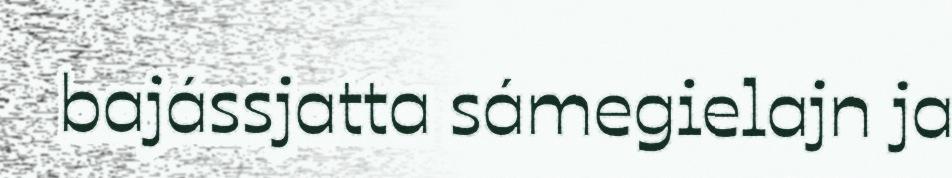
bajássjatta sámegielajn ja